Report of the Indian Hemp Drugs Commission, 1894-1895 - Volume IV
Year: 1894
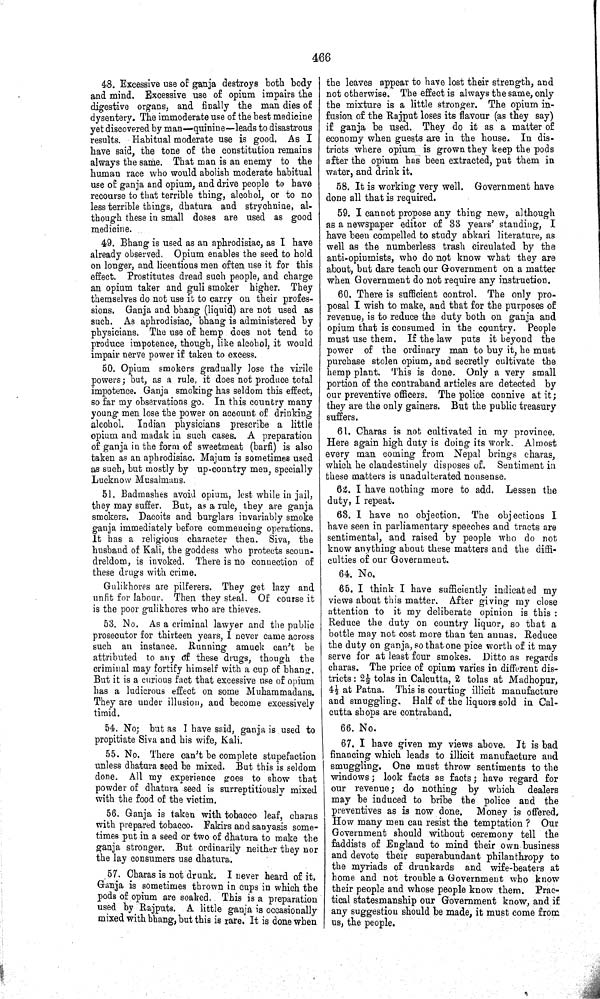
466
48. Excessive use of ganja destroys both body
and mind. Excessive use of opium impairs the
digestive organs, and finally the man dies of
dysentery. The immoderate use of the best medicine
yet discovered by man—quinine—leads to disastrous
results. Habitual moderate use is good. As I
have said, the tone of the constitution remains
always the same. That man is an enemy to the
human race who would abolish moderate habitual
use of ganja and opium, and drive people to have
recourse to that terrible thing, alcohol, or to no
less terrible things, dhatura and strychnine, al-
though these in small doses are used as good
medicine.
49. Bhang is used as an aphrodisiac, as I have
already observed. Opium enables the seed to hold
on longer, and licentious men often use it for this
effect. Prostitutes dread such people, and charge
an opium taker and guli smoker higher. They
themselves do not use it to carry on their profes-
sions. Ganja and bhang (liquid) are not used as
such. As aphrodisiac, bhang is administered by
physicians. The use of hemp does not tend to
produce impotence, though, like alcohol, it would
impair nerve power if taken to excess.
50. Opium smokers gradually lose the virile
powers; but, as a rule, it does not produce total
impotence. Ganja smoking has seldom this effect,
so far my observations go. In this country many
young men lose the power on account of drinking
alcohol. Indian physicians prescribe a little
opium and madak in such cases. A preparation
of ganja in the form of sweetmeat (barfi) is also
taken as an aphrodisiac. Majum is sometimes used
as such, but mostly by up-country men, specially
Lucknow Musalmans.
51. Badmashes avoid opium, lest while in jail,
they may suffer. But, as a rule, they are ganja
smokers. Dacoits and burglars invariably smoke
ganja immediately before commencing operations.
It has a religious character then. Siva, the
husband of Kali, the goddess who protects scoun-
dreldom, is invoked. There is no connection of
these drugs with crime.
Gulikhores are pilferers. They get lazy and
unfit for labour. Then they steal. Of course it
is the poor gulikhores who are thieves.
53. No. As a criminal lawyer and the public
prosecutor for thirteen years, I never came across
such an instance. Running amuck can't be
attributed to any of these drugs, though the
criminal may fortify himself with a cup of bhang.
But it is a curious fact that excessive use of opium
has a ludicrous effect on some Muhammadans.
They are under illusion, and become excessively
timid.
54. No; but as I have said, ganja is used to
propitiate Siva and his wife, Kali.
55. No. There can't be complete stupefaction
unless dhatura seed be mixed. But this is seldom
done. All my experience goes to show that
powder of dhatura seed is surreptitiously mixed
with the food of the victim.
56. Ganja is taken with tobacco leaf, charas
with prepared tobacco. Fakirs and sanyasis some-
times put in a seed or two of dhatura to make the
ganja stronger. But ordinarily neither they nor
the lay consumers use dhatura.
57. Charas is not drunk. I never heard of it.
Ganja is sometimes thrown in cups in which the
pods of opium are soaked. This is a preparation
used by Rajputs. A little ganja is occasionally
mixed with bhang, but this is rare. It is done when
the leaves appear to have lost their strength, and
not otherwise. The effect is always the same, only
the mixture is a little stronger. The opium in-
fusion of the Rajput loses its flavour (as they say)
if ganja be used. They do it as a matter of
economy when guests are in the house. In dis-
tricts where opium is grown they keep the pods
after the opium has been extracted, put them in
water, and drink it.
58. It is working very well. Government have
done all that is required.
59. I cannot propose any thing new, although
as a newspaper editor of 33 years' standing, I
have been compelled to study abkari literature, as
well as the numberless trash circulated by the
anti-opiumists, who do not know what they are
about, but dare teach our Government on a matter
when Government do not require any instruction.
60. There is sufficient control. The only pro-
posal I wish to make, and that for the purposes of
revenue, is to reduce the duty both on ganja and
opium that is consumed in the country. People
must use them. If the law puts it beyond the
power of the ordinary man to buy it, he must
purchase stolen opium, and secretly cultivate the
hemp plant. This is done. Only a very small
portion of the contraband articles are detected by
our preventive officers. The police connive at it;
they are the only gainers. But the public treasury
suffers.
61. Charas is not cultivated in my province.
Here again high duty is doing its work. Almost
every man coming from Nepal brings charas,
which he clandestinely disposes of. Sentiment in
these matters is unadulterated nonsense.
62. I have nothing more to add. Lessen the
duty, I repeat.
63. I have no objection. The objections I
have seen in parliamentary speeches and tracts are
sentimental, and raised by people who do not
know anything about these matters and the diffi-
culties of our Government.
64. No.
65. I think I have sufficiently indicated my
views about this matter. After giving my close
attention to it my deliberate opinion is this
Reduce the duty on country liquor, so that a
bottle may not cost more than ten annas. Reduce
the duty on ganja, so that one pice worth of it may
serve for at least four smokes. Ditto as regards
charas. The price of opium varies in different dis-
tricts: 21/2 tolas in Calcutta, 2 tolas at Madhopur,
41/2 at Patna. This is courting illicit manufacture
and smuggling. Half of the liquors sold in Cal-
cutta shops are contraband.
66. No.
67. I have given my views above. It is bad
financing which leads to illicit manufacture and
smuggling. One must throw sentiments to the
windows; look facts as facts; have regard for
our revenue; do nothing by which dealers
may be induced to bribe the police and the
preventives as is now done. Money is offered.
How many men can resist the temptation ? Our
Government should without ceremony tell the
faddists of England to mind their own business
and devote their superabundant philanthropy to
the myriads of drunkards and wife-beaters at
home and not trouble a Government who know
their people and whose people know them. Prac-
tical statesmanship our Government know, and if
any suggestion should be made, it must come from
us, the people.